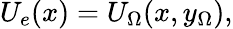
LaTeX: U_{e}(x)=U_{\Omega}(x,y_{\Omega}),